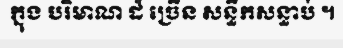
ក្នុង បរិមាណ ដ៏ ច្រើន សន្ធឹកសន្ធាប់ ។